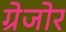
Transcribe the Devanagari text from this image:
ग्रेजोर